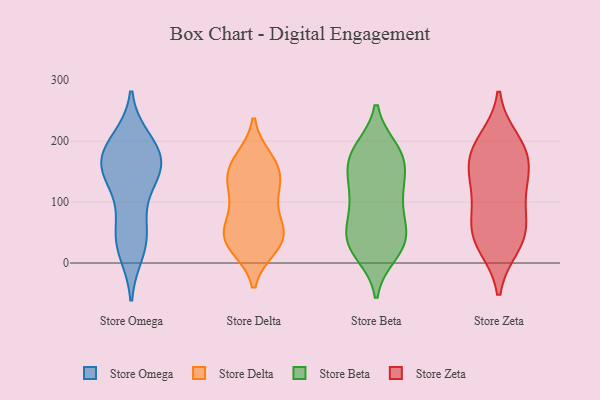
{"axis": {"x": "Temperature (°C)", "y": "Value"}, "legend": ["Store Beta", "Store Delta", "Store Omega", "Store Zeta"], "data": [{"x": "", "y": 30, "type": "Store Omega"}, {"x": "", "y": 119, "type": "Store Omega"}, {"x": "", "y": 200, "type": "Store Omega"}, {"x": "", "y": 177, "type": "Store Omega"}, {"x": "", "y": 151, "type": "Store Omega"}, {"x": "", "y": 145, "type": "Store Omega"}, {"x": "", "y": 154, "type": "Store Omega"}, {"x": "", "y": 49, "type": "Store Omega"}, {"x": "", "y": 190, "type": "Store Omega"}, {"x": "", "y": 20, "type": "Store Omega"}, {"x": "", "y": 180, "type": "Store Omega"}, {"x": "", "y": 164, "type": "Store Omega"}, {"x": "", "y": 58, "type": "Store Omega"}, {"x": "", "y": 160, "type": "Store Delta"}, {"x": "", "y": 36, "type": "Store Delta"}, {"x": "", "y": 43, "type": "Store Delta"}, {"x": "", "y": 148, "type": "Store Delta"}, {"x": "", "y": 124, "type": "Store Delta"}, {"x": "", "y": 69, "type": "Store Delta"}, {"x": "", "y": 109, "type": "Store Delta"}, {"x": "", "y": 32, "type": "Store Delta"}, {"x": "", "y": 62, "type": "Store Delta"}, {"x": "", "y": 170, "type": "Store Delta"}, {"x": "", "y": 122, "type": "Store Delta"}, {"x": "", "y": 45, "type": "Store Delta"}, {"x": "", "y": 27, "type": "Store Delta"}, {"x": "", "y": 160, "type": "Store Delta"}, {"x": "", "y": 33, "type": "Store Beta"}, {"x": "", "y": 105, "type": "Store Beta"}, {"x": "", "y": 25, "type": "Store Beta"}, {"x": "", "y": 45, "type": "Store Beta"}, {"x": "", "y": 187, "type": "Store Beta"}, {"x": "", "y": 160, "type": "Store Beta"}, {"x": "", "y": 118, "type": "Store Beta"}, {"x": "", "y": 34, "type": "Store Beta"}, {"x": "", "y": 154, "type": "Store Beta"}, {"x": "", "y": 15, "type": "Store Beta"}, {"x": "", "y": 73, "type": "Store Beta"}, {"x": "", "y": 184, "type": "Store Beta"}, {"x": "", "y": 157, "type": "Store Beta"}, {"x": "", "y": 60, "type": "Store Beta"}, {"x": "", "y": 63, "type": "Store Beta"}, {"x": "", "y": 23, "type": "Store Beta"}, {"x": "", "y": 186, "type": "Store Beta"}, {"x": "", "y": 122, "type": "Store Beta"}, {"x": "", "y": 176, "type": "Store Beta"}, {"x": "", "y": 111, "type": "Store Beta"}, {"x": "", "y": 180, "type": "Store Zeta"}, {"x": "", "y": 184, "type": "Store Zeta"}, {"x": "", "y": 200, "type": "Store Zeta"}, {"x": "", "y": 139, "type": "Store Zeta"}, {"x": "", "y": 55, "type": "Store Zeta"}, {"x": "", "y": 60, "type": "Store Zeta"}, {"x": "", "y": 29, "type": "Store Zeta"}, {"x": "", "y": 131, "type": "Store Zeta"}, {"x": "", "y": 120, "type": "Store Zeta"}, {"x": "", "y": 175, "type": "Store Zeta"}, {"x": "", "y": 31, "type": "Store Zeta"}, {"x": "", "y": 72, "type": "Store Zeta"}]}